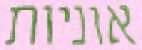
אוניות